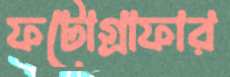
ফটোগ্রাফার